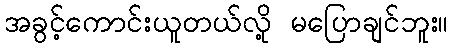
အခွင့်ကောင်းယူတယ်လို့ မပြောချင်ဘူး။